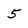
Character: 5